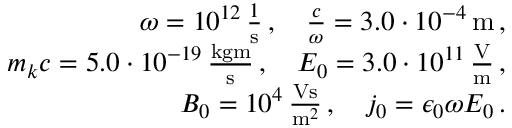
\begin{array} { r l r } & { } & { \omega = 1 0 ^ { 1 2 } \, \frac { 1 } { \mathrm { s } } \, , \quad \frac { c } { \omega } = 3 . 0 \cdot 1 0 ^ { - 4 } \, \mathrm { m } \, , } \\ & { } & { m _ { k } c = 5 . 0 \cdot 1 0 ^ { - 1 9 } \, \frac { \mathrm { k g m } } { \mathrm { s } } \, , \quad E _ { 0 } = 3 . 0 \cdot 1 0 ^ { 1 1 } \, \frac { \mathrm { V } } { \mathrm { m } } \, , } \\ & { } & { B _ { 0 } = 1 0 ^ { 4 } \, \frac { \mathrm { V s } } { \mathrm { m } ^ { 2 } } \, , \quad j _ { 0 } = \epsilon _ { 0 } \omega E _ { 0 } \, . } \end{array}